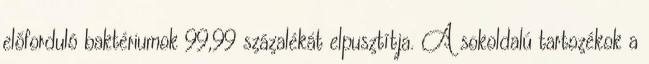
előforduló baktériumok 99,99 százalékát elpusztítja. A sokoldalú tartozékok a